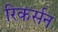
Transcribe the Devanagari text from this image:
रिकर्सन